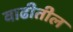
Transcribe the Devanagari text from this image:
वाढीतील